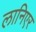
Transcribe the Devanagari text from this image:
लानिएर